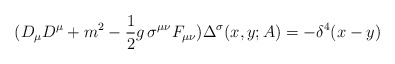
\begin{align*}(D_\mu D^\mu +m^2 -{1\over 2} g \, \sigma^{\mu \nu} F_{\mu \nu})\Delta^\sigma (x,y;A) = -\delta^4(x-y)\end{align*}